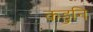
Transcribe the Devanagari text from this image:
कडुनि